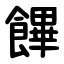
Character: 饆